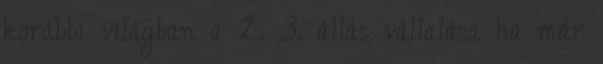
korábbi világban a 2. 3. állás vállalása ha már